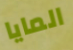
المايا